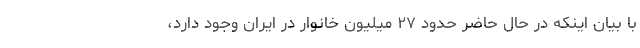
با بیان اینکه در حال حاضر حدود ۲۷ میلیون خانوار در ایران وجود دارد،